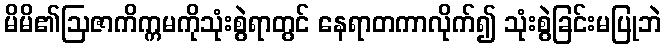
မိမိ၏ဩဇာကိက္ကမကိုသုံးစွဲရာတွင် နေရာတကာလိုက်၍ သုံးစွဲခြင်းမပြုဘဲ